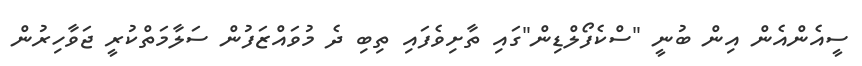
ސީއެންއެން އިން ބުނީ "ސްކެފޯލްޑިން"ގައި ތާށިވެފައި ތިބި ދެ މުވައްޒަފުން ސަލާމަތްކުރީ ޖަވާހިރުން